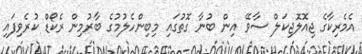
އެމެރިކާގެ ޖިއޮލޮޖިކަލް ސާވޭ އިން ބުނާ ގޮތުގައި މިބިންހެލުމުގެ ބާރުމިން ރެކޯޑް ކުރެވިފައި